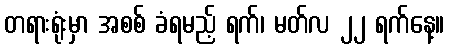
တရားရုံးမှာ အစစ် ခံရမည့် ရက်၊ မတ်လ ၂၂ ရက်နေ့။